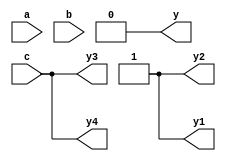
module logical(
input a,b,c,
output y,y1,y2,y3,y4);
assign a=1;
assign b=0;
assign c=1'bx;
assign y=a&&b;
assign y1=a||b;
assign y2=a||c;
assign y3=a&&c;
assign y4=b||c;
assign y5=b&&c;

endmodule